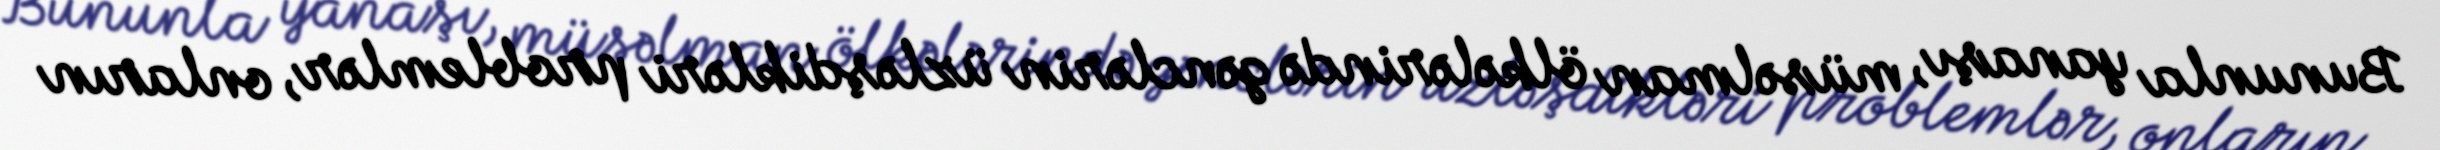
Bununla yanaşı, müsəlman ölkələrində gənclərin üzləşdikləri problemlər, onların